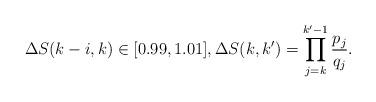
LaTeX: \begin{align*} \Delta S(k-i,k) \in[0.99,1.01], \Delta S(k,k')= \prod_{j=k}^{k'-1} \frac{p_j}{q_j} .\end{align*}